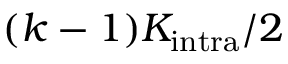
( k - 1 ) K _ { \mathrm { i n t r a } } / 2